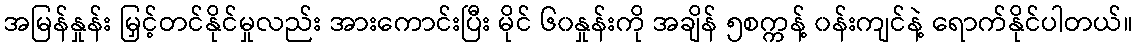
အမြန်နှုန်း မြှင့်တင်နိုင်မှုလည်း အားကောင်းပြီး မိုင် ၆၀နှုန်းကို အချိန် ၅စက္ကန့် ၀န်းကျင်နဲ့ ရောက်နိုင်ပါတယ်။